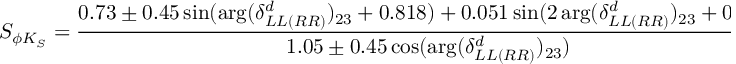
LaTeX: S _ { \phi K _ { S } } = \frac { 0 . 7 3 \pm 0 . 4 5 \sin ( \arg ( \delta _ { L L ( R R ) } ^ { d } ) _ { 2 3 } + 0 . 8 1 8 ) + 0 . 0 5 1 \sin ( 2 \arg ( \delta _ { L L ( R R ) } ^ { d } ) _ { 2 3 } + 0 . 8 1 8 ) } { 1 . 0 5 \pm 0 . 4 5 \cos ( \arg ( \delta _ { L L ( R R ) } ^ { d } ) _ { 2 3 } ) }